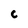
Character: C